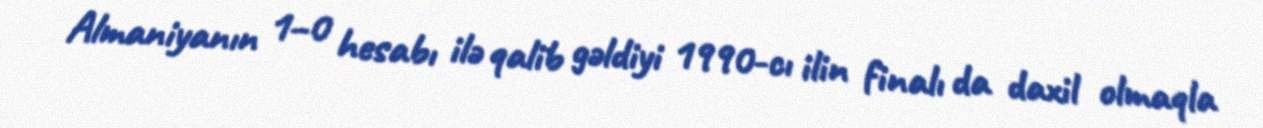
Almaniyanın 1–0 hesabı ilə qalib gəldiyi 1990-cı ilin finalı da daxil olmaqla